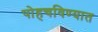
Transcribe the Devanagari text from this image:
पोहचविण्यात